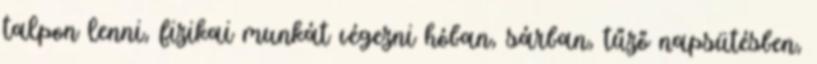
talpon lenni, fizikai munkát végezni hóban, sárban, tűző napsütésben,